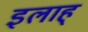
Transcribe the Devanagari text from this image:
इलाह्